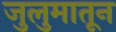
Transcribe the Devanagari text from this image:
जुलुमातून